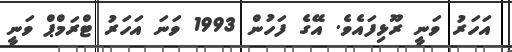
އަހަރު ވަނީ ރޫޅިފައެވެ. އޭގެ ފަހުން 1993 ވަނަ އަހަރު ޓްރަމްޕް ވަނީ